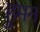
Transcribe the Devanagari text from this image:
हुमन